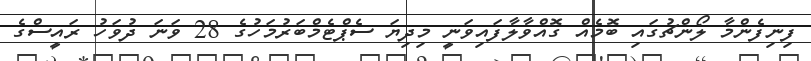
ފިނިފެންމާ ލޯންޗުގައި ބޮމެއް ގޮއްވާލާފައިވަނީ މިދިޔަ ސެޕްޓެމްބަރުމަހުގެ 28 ވަނަ ދުވަހު ރައީސްގެ